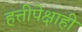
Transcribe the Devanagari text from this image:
हत्तीपेक्षाही